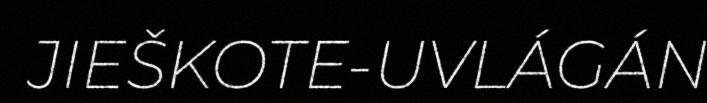
JIEŠKOTE-UVLÁGÁN